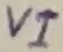
Text: VI